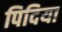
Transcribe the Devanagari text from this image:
पिदिया